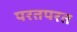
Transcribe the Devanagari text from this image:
परतपरत